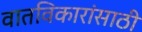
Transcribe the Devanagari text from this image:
वातविकारांसाठी